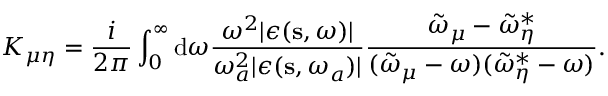
K _ { \mu \eta } = \frac { i } { 2 \pi } \int _ { 0 } ^ { \infty } { \mathrm d } \omega \frac { \omega ^ { 2 } | \epsilon ( \mathbf s , \omega ) | } { \omega _ { a } ^ { 2 } | \epsilon ( \mathbf { s } , \omega _ { a } ) | } \frac { \tilde { \omega } _ { \mu } - \tilde { \omega } _ { \eta } ^ { * } } { ( \tilde { \omega } _ { \mu } - \omega ) ( \tilde { \omega } _ { \eta } ^ { * } - \omega ) } .